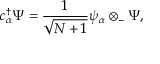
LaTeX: c _ { \alpha } ^ { \dagger } \Psi = { \frac { 1 } { \sqrt { N + 1 } } } \psi _ { \alpha } \otimes _ { - } \Psi ,